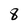
Character: 8